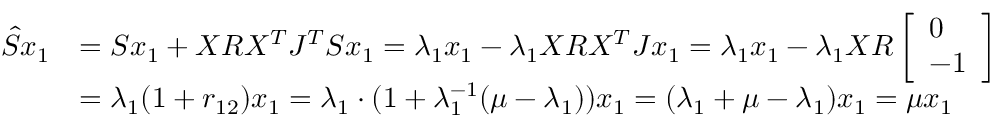
\begin{array} { r l } { \hat { S } x _ { 1 } } & { = S x _ { 1 } + X R X ^ { T } J ^ { T } S x _ { 1 } = \lambda _ { 1 } x _ { 1 } - \lambda _ { 1 } X R X ^ { T } J x _ { 1 } = \lambda _ { 1 } x _ { 1 } - \lambda _ { 1 } X R \left[ \begin{array} { l } { 0 } \\ { - 1 } \end{array} \right] } \\ & { = \lambda _ { 1 } ( 1 + r _ { 1 2 } ) x _ { 1 } = \lambda _ { 1 } \cdot ( 1 + \lambda _ { 1 } ^ { - 1 } ( \mu - \lambda _ { 1 } ) ) x _ { 1 } = ( \lambda _ { 1 } + \mu - \lambda _ { 1 } ) x _ { 1 } = \mu x _ { 1 } } \end{array}